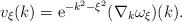
LaTeX: \begin{align*}v_\xi(k) = \mathrm{e}^{-k^2-\xi^2}(\nabla_k\omega_\xi)(k).\end{align*}